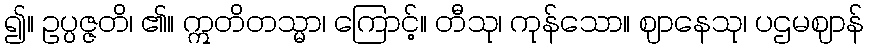
၍။ ဥပ္ပဇ္ဇတိ၊ ၏။ ဣတိတသ္မာ၊ ကြောင့်။ တီသု၊ ကုန်သော။ ဈာနေသု၊ ပဌမဈာန်